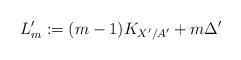
LaTeX: \begin{align*}L_m^\prime:= (m-1)K_{X^\prime/A^\prime} +m \Delta^\prime\end{align*}